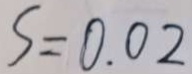
S = 0 . 0 2